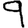
Digit: 9